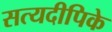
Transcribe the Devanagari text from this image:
सत्यदीपिके